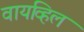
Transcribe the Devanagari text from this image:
वायव्हिल